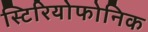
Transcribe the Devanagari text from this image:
स्टिरियोफोनिक